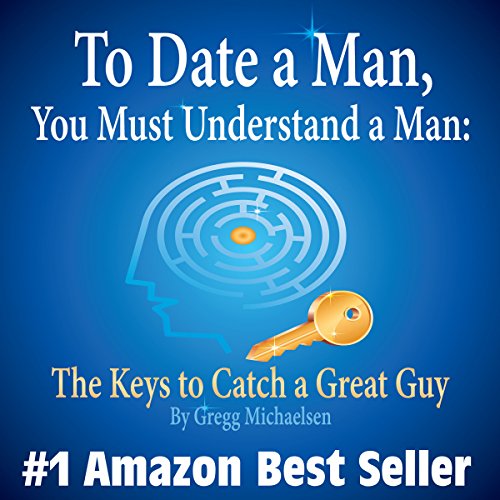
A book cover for To Date a Man, You Must Understand a Man: The Keys to Catch a Great Guy: Dating and Relationship Advice for Women, Volume 7; Gregg Michaelsen; Politics & Social Sciences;